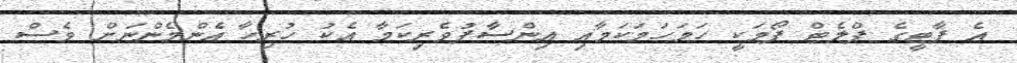
އެ ޕާޓީގެ ޕްލެޓް ފޯމަކީ ހަމަހަމަކަމާއި އިންސާފުވެރިކަމާ އެކު ހުރިހާ އެންމެންނަށް ވެސް